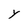
Character: Y